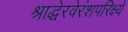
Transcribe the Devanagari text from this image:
श्राद्धेरवेरंशपरिक्ष्ये